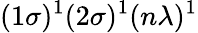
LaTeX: (1\sigma)^{1}(2\sigma)^{1}(n\lambda)^{1}